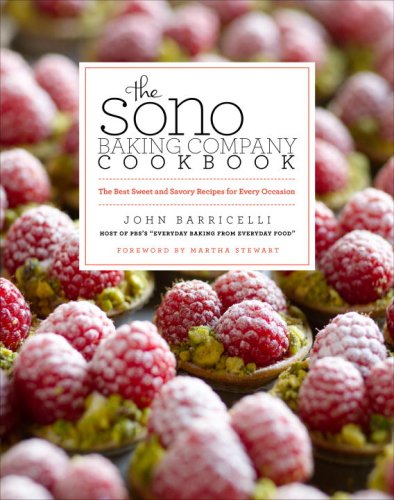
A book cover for The SoNo Baking Company Cookbook: The Best Sweet and Savory Recipes for Every Occasion; John Barricelli; Cookbooks, Food & Wine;